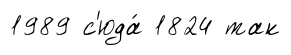
1989 с'юда́ 1824 так